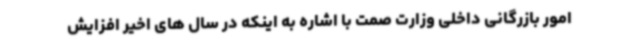
امور بازرگانی داخلی وزارت صمت با اشاره به اینکه در سال های اخیر افزایش